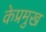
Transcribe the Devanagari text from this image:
केप्रमुख